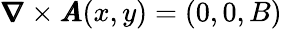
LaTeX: \pmb{\nabla}\times\pmb{A}(x,y)=(0,0,B)